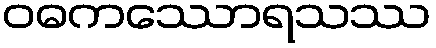
ဝဓကဿောရသဿ